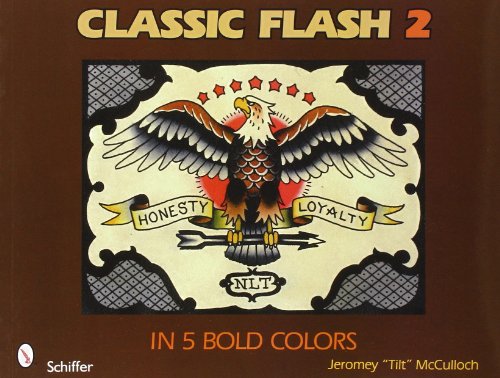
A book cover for Classic Flash 2: In 5 Bold Colors; Jeromey Mcculloch; Arts & Photography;